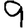
Digit: 9